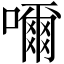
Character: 𡁠